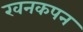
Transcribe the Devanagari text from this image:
खनकपन